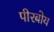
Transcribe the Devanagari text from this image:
पीरबोय